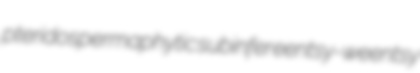
pteridospermaphytic subinfer eentsy-weentsy